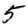
Digit: 5